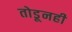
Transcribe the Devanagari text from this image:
तोडूनही